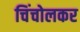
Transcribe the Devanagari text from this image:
चिंचोलकर